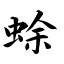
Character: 蜍